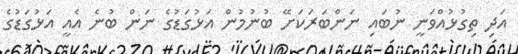
އަދި ތިގުޅުއްވަނީ ނުބައި ނަންބަރަކަށޭ ބުނުމުން އަޅުގަޑުގެ ނަން ބުނެ އެއީ އަޅުގަޑުގެ